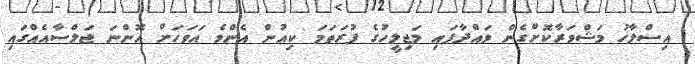
އިސްލާހު މަޝްވަރާކޮށްގެން ވައްދާފައި މަޖިލީހުގެ ފުރަތަމަ ކިއުން އެންމެ އަވަހަށް އޮންނަ ޖަލްސާއެއްގައި